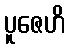
ပူဇေဟိ